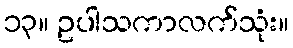
၁၃။ ဥပါသကာလက်သုံး။